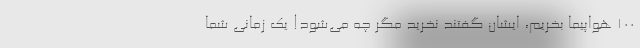
۱۰۰ هواپیما بخریم، ایشان گفتند نخرید مگر چه می‌شود! یک زمانی شما